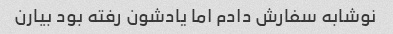
نوشابه سفارش دادم اما یادشون رفته بود بیارن